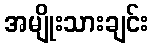
အမျိုးသားချင်း